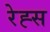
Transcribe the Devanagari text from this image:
रेह्स